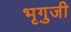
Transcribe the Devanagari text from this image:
भृगुजी